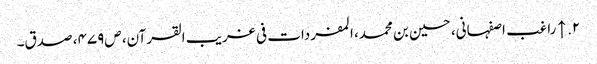
۲. ↑ راغب اصفہانی، حسین بن محمد، المفردات فی غریب القرآن، ص‌۴۷۹، صدق۔